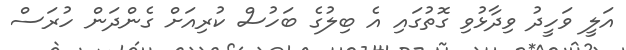
އަލީ ވަހީދު ވިދާޅުވި ގޮތުގައި އެ ބިލުގެ ބަހުސް ކުރިއަށް ގެންދަން ހުރަސް